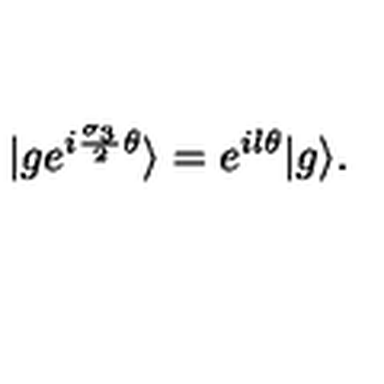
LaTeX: | g e ^ { i { \frac { { \sigma } _ { 3 } } { 2 } } { \theta } } \rangle = e ^ { i l { \theta } } | g \rangle .